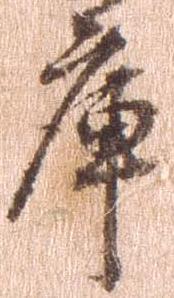
庫